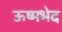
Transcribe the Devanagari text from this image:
ऊष्मभेद